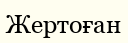
Жертоған